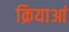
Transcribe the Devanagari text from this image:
क्रियाआं